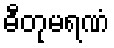
ဓီတုမရဏံ